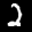
Label: 2